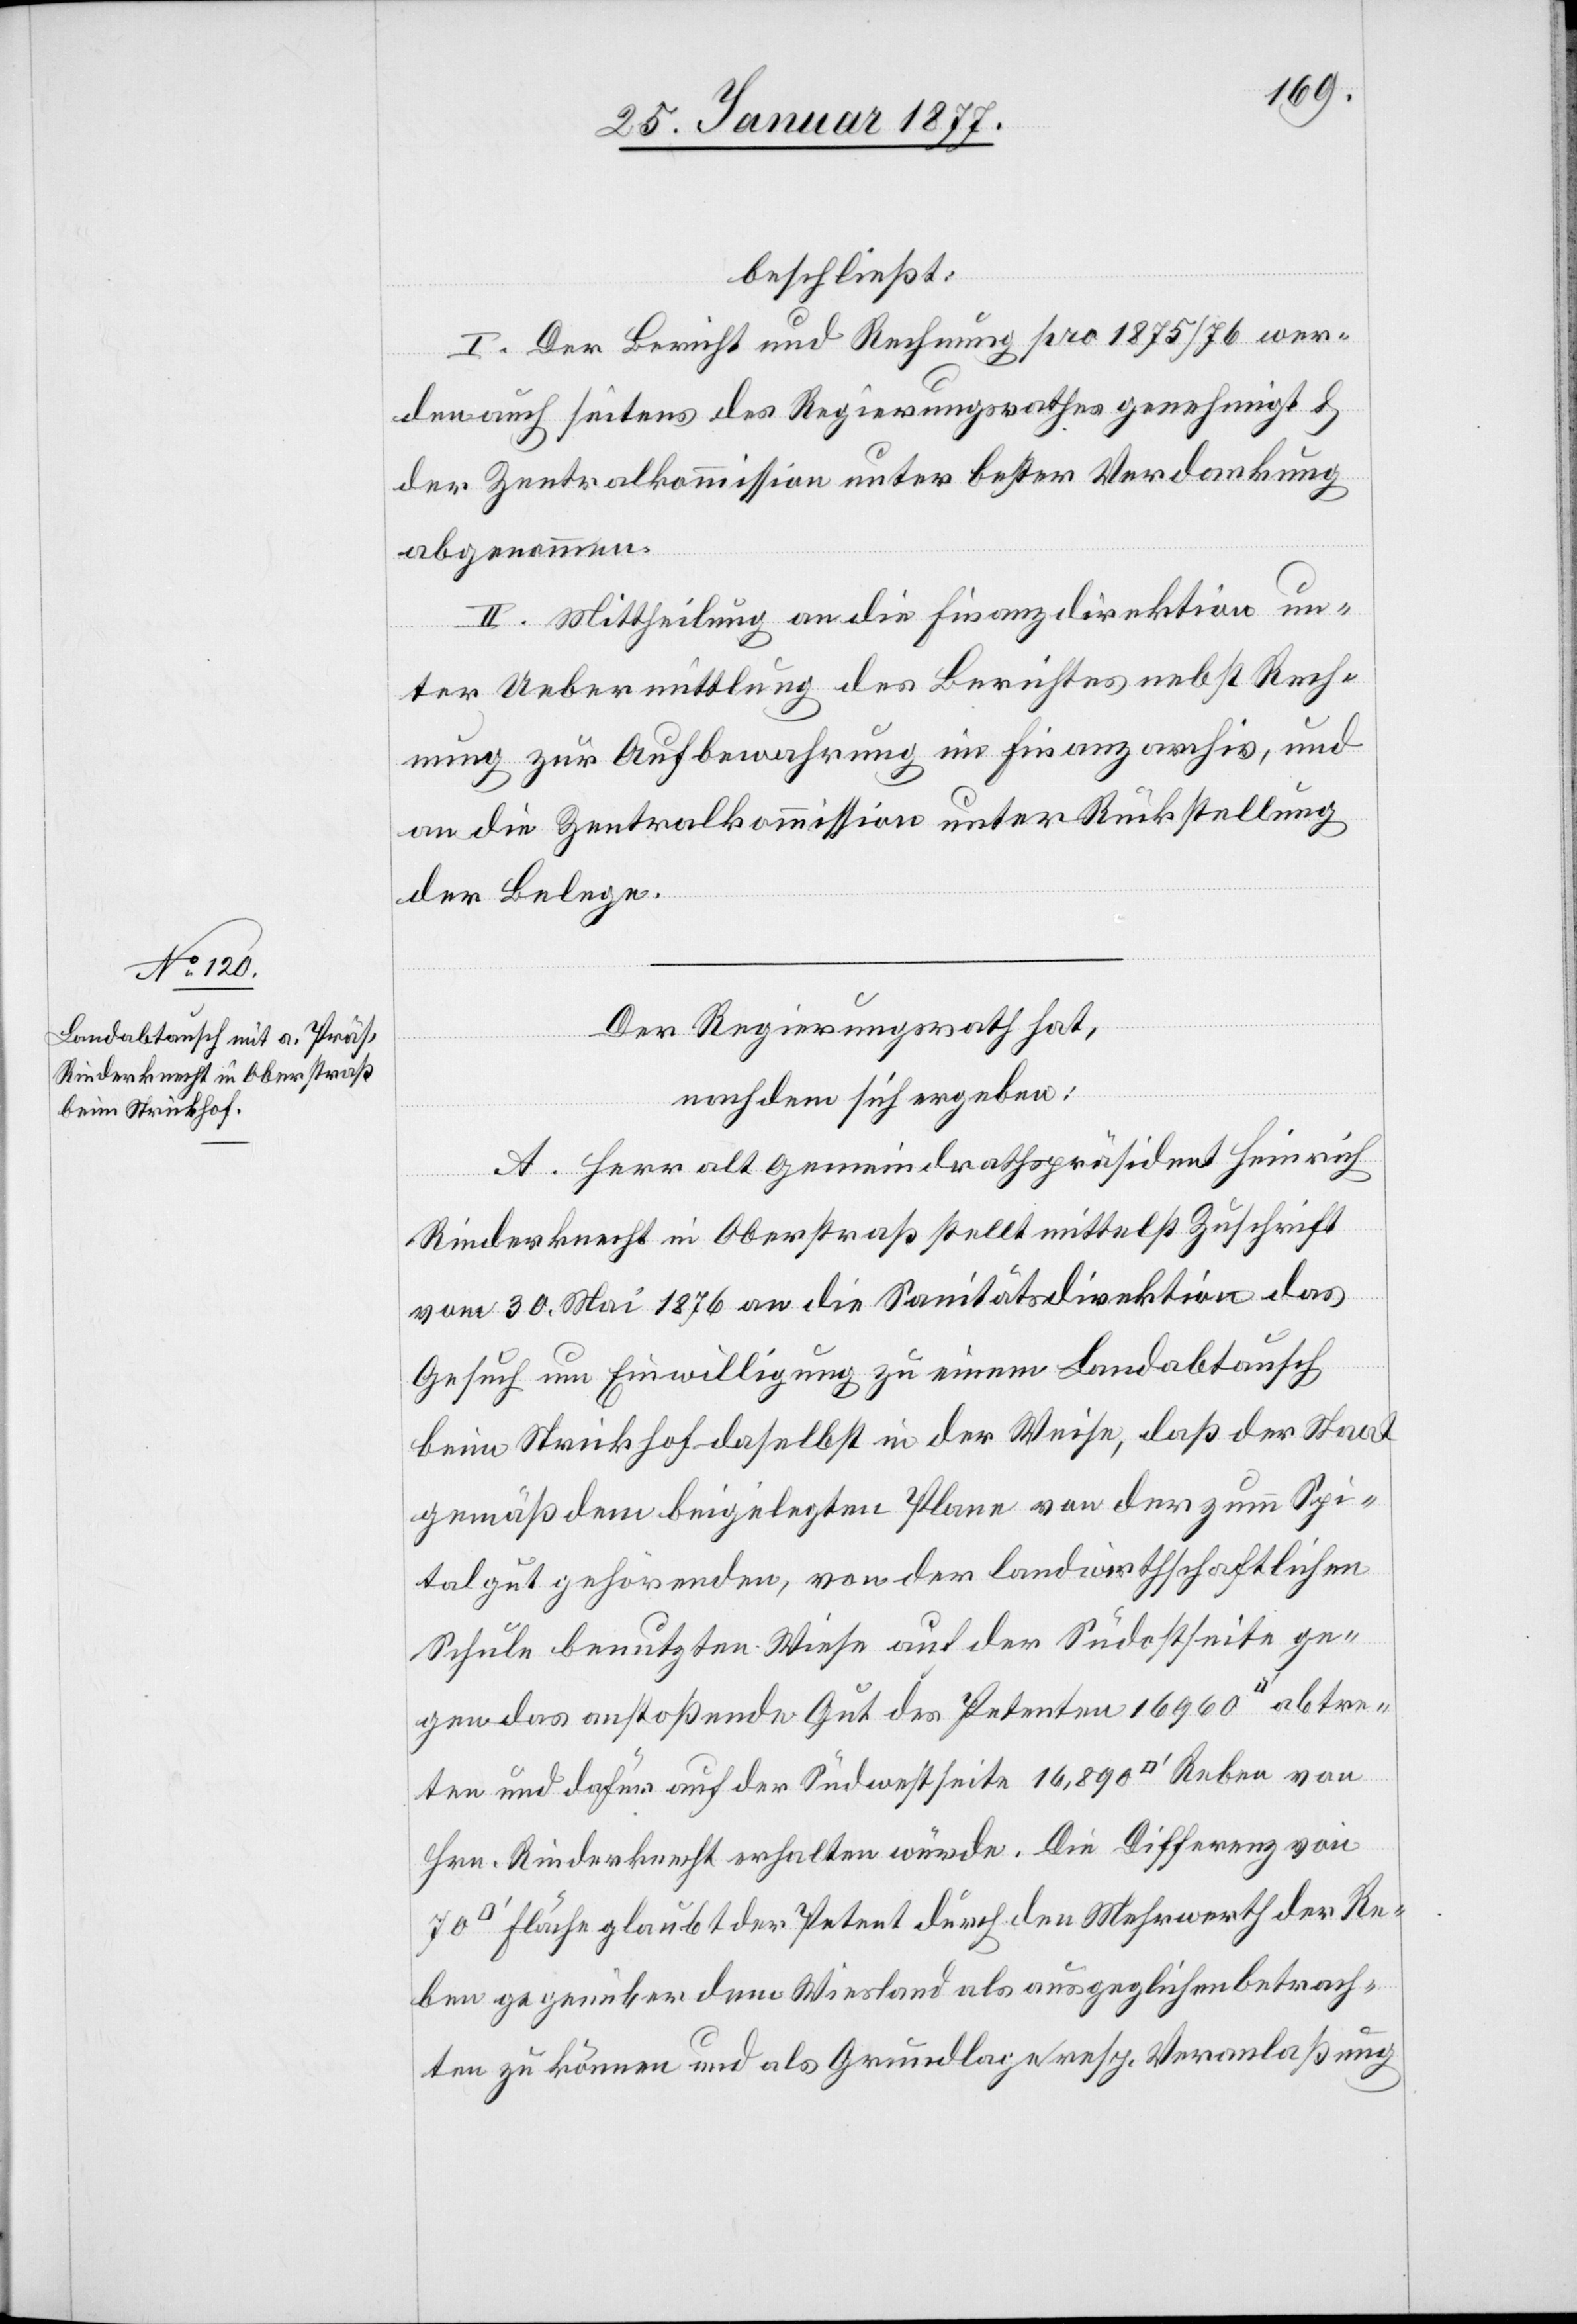
ss] ab¬

beschließt:
I. Der Bericht und Rechnung pro 1875/76 wer¬
den auch seitens des Regierungsrathes genehmigt &
der Zentralkommission unter bester Verdankung
abgenommen.
II. Mittheilung an die Finanzdirektion un¬
ter Uebermittlung des Berichtes nebst Rech¬
nung zur Aufbewahrung im Finanzarchiv, und
an die Zentralkommission unter Rückstellung
der Belege.
Der Regierungsrath hat,
nachdem sich ergeben:
A. Herr alt Gemeindrathspräsident Heinrich
Rinderknecht in Oberstraß stellt mittelst Zuschrift
vom 30. Mai 1876 an die Sanitätsdirektion das
Gesuch um Einwilligung zu einem Landabtausch
beim Strickhof daselbst in der Weise, daß der Staat
gemäß dem beigelegten Plane von der zum Spi¬
talgut gehörenden, von der landwirthschaftlichen
Schule benutzen Wiese auf der Südostseite ge¬
gen das anstoßende Gut des Petenten 16,960 [Quadratfu¬
treten und dafür auf der Südwestseite 16,890 [Quadratfuss]
Hrn. Rinderknecht erhalten würde. Die Differenz von
Fläche glaubt der Petent durch den Mehrwerth der Re¬
ben gegenüber dem Wiesland als ausgeglichen betrach¬
ten zu können und als Grundlage resp. Veranlaßung